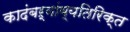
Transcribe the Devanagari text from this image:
कादंबऱ्यांव्यतिरिक्त